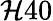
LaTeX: \mathcal{H}40